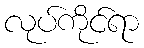
လုပ်ကိုင်ရာ